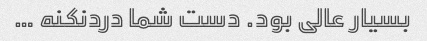
بسیار عالی بود. دست شما دردنکنه …